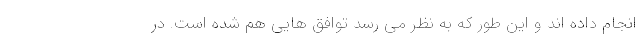
انجام داده اند و این طور که به نظر می رسد توافق هایی هم شده است. در